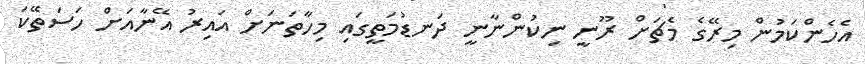
އެހެންކަމުން މިރޭގެ މެޗަށް ރޫނީ ނިކުންނާނީ ދަނޑުމަތީގައި މިހާތަނަށް އައިރު އޭނާއަށް ހަސަތޭކަ